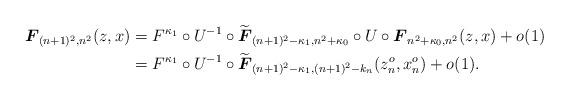
LaTeX: \begin{align*}\boldsymbol{F}_{(n+1)^2,n^2}(z,x) &= F^{\kappa_1}\circ U^{-1} \circ \widetilde{\boldsymbol{F}}_{(n+1)^2-\kappa_1, n^2+\kappa_0} \circ U \circ \boldsymbol{F}_{n^2+\kappa_0,n^2}(z,x)+o(1)\\&=F^{\kappa_1}\circ U^{-1} \circ \widetilde{\boldsymbol{F}}_{(n+1)^2-\kappa_1, (n+1)^2-k_n}(z^o_n,x^o_n)+o(1).\end{align*}